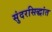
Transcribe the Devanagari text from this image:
सुंदरसिद्धांत